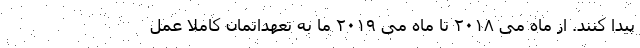
پیدا کنند. از ماه می ۲۰۱۸ تا ماه می ۲۰۱۹ ما به تعهداتمان کاملا عمل